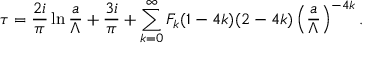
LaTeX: \tau = { \frac { 2 i } { \pi } } \ln { \frac { a } { \Lambda } } + { \frac { 3 i } { \pi } } + \sum _ { k = 0 } ^ { \infty } { \cal F } _ { k } ( 1 - 4 k ) ( 2 - 4 k ) \left( { \frac { a } { \Lambda } } \right) ^ { - 4 k } .